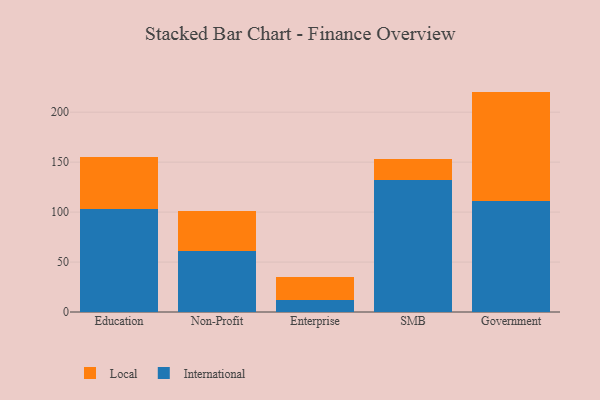
{"axis": {"x": "Segment", "y": "LTV (USD)"}, "legend": ["International", "Local"], "data": [{"x": "Education", "y": 103.2, "type": "International"}, {"x": "Education", "y": 52.3, "type": "Local"}, {"x": "Non-Profit", "y": 61.2, "type": "International"}, {"x": "Non-Profit", "y": 40.0, "type": "Local"}, {"x": "Enterprise", "y": 12.0, "type": "International"}, {"x": "Enterprise", "y": 23.5, "type": "Local"}, {"x": "SMB", "y": 132.1, "type": "International"}, {"x": "SMB", "y": 21.2, "type": "Local"}, {"x": "Government", "y": 111.3, "type": "International"}, {"x": "Government", "y": 109.3, "type": "Local"}]}